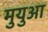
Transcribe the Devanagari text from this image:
मुयुआ